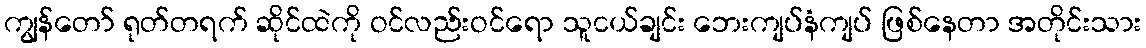
ကျွန်တော် ရုတ်တရက် ဆိုင်ထဲကို ဝင်လည်းဝင်ရော သူငယ်ချင်း ဘေးကျပ်နံကျပ် ဖြစ်နေတာ အတိုင်းသား